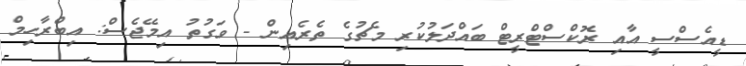
ޑީއެސްސީ އާއި ރޮކްސްޓްރީޓް ބައްދަލުކުރި މެޗުގެ ތެރެއިން - ވަގުތު އިމޭޖެސް: އިބްރާހިމް